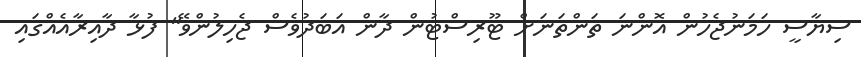
ސިޔާސީ ހަމަނުޖެހުން އޮންނަ ތަންތަނަށް ޓޫރިސްޓުން ދާން އަބަދުވެސް ޖެހިލުންވޭ" ފުޅާ ދާއިރާއެއްގައި